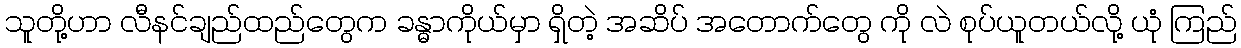
သူတို့ဟာ လီနင်ချည်ထည်တွေက ခန္ဓာကိုယ်မှာ ရှိတဲ့ အဆိပ် အတောက်တွေ ကို လဲ စုပ်ယူတယ်လို့ ယုံ ကြည်